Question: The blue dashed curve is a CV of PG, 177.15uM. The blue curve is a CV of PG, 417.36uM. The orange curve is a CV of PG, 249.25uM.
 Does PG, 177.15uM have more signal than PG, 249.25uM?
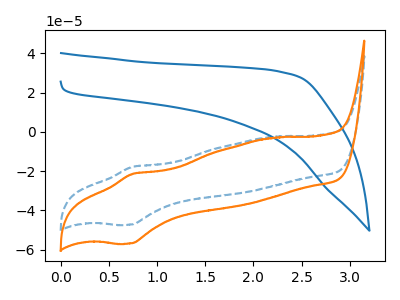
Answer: <think>The blue dashed curve "PG, 177.15uM" has an anodic peak at (0.75V, -17.80uA) and a cathodic peak at (0.70V, -47.30uA). The blue curve "PG, 417.36uM" has no peaks. The orange curve "PG, 249.25uM" has an anodic peak at (0.75V, -21.40uA) and a cathodic peak at (0.70V, -56.90uA).
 All the peaks in "PG, 177.15uM" have a peak in "PG, 249.25uM" at the same potential.</think>
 <answer>I cant tell if "PG, 177.15uM" or "PG, 249.25uM" has more signal.</answer>
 <eval>mixed_signal</eval>